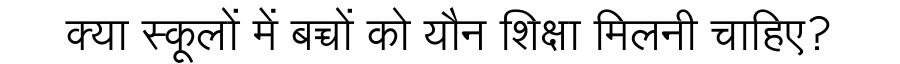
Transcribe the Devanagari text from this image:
क्या स्कूलों में बच्चों को यौन शिक्षा मिलनी चाहिए?